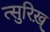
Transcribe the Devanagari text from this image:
त्सुरिख़्